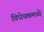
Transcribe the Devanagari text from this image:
विधेयकमध्ये